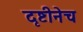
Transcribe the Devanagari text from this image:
दृष्टीनेच